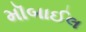
મૉબાઈલ